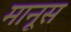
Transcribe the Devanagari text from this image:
मानूस